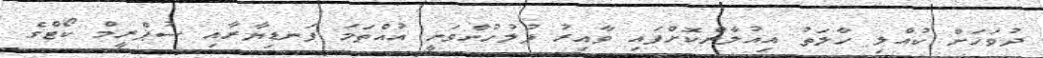
ދުވަހަށް ކުއްލި ހާލަތު އިއުލާންކޮށްފައި ވާއިރު ފުލުހުންވަނީ އުއްތަމަ ފަނޑިޔާރާއި ސުޕްރީމް ކޯޓްގެ